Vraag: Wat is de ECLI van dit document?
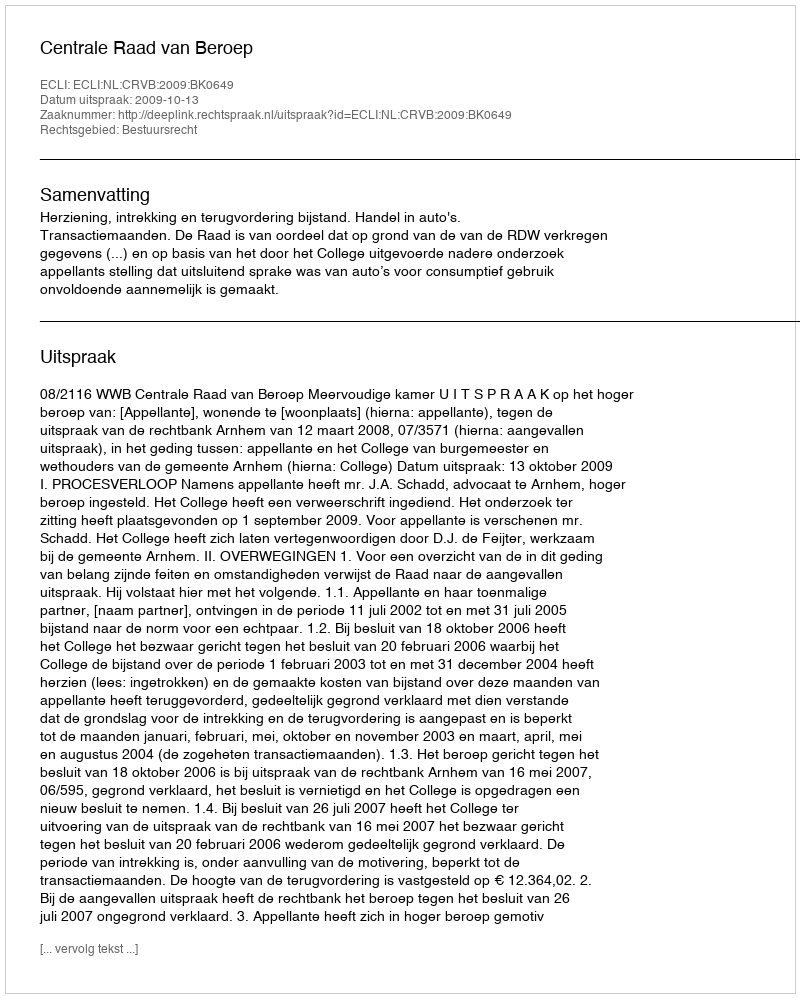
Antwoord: ECLI:NL:CRVB:2009:BK0649